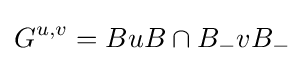
G^{u,v}=BuB\cap B_{-}vB_{-}